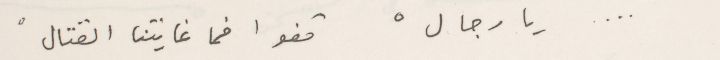
. . . .   يا رجالْ        قفوا فما غايتنا القتالْ